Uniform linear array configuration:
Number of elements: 16
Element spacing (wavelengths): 1
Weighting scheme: exponential
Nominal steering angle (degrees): -60
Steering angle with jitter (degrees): -59.804
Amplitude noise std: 0.05
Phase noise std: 0.05

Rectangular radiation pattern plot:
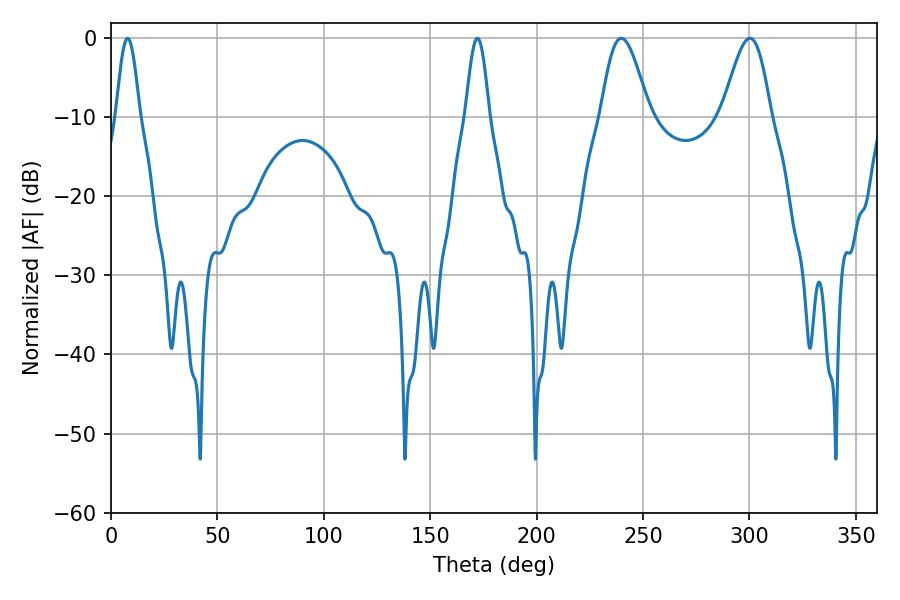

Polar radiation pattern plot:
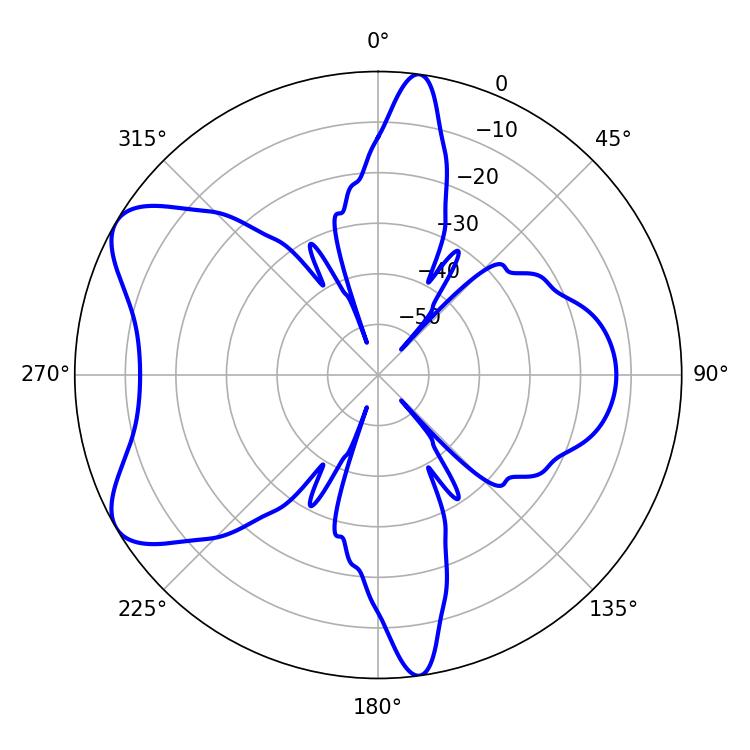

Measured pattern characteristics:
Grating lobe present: TRUE
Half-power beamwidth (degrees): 12.06
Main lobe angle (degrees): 239.76